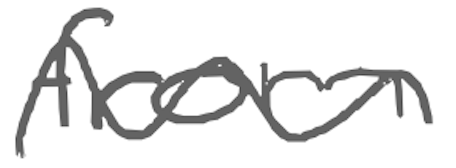
Text: from
Cross-out: wave
Writing tool: digital_gray